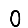
Digit: 0